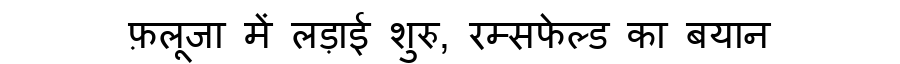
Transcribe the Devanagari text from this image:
फ़लूजा में लड़ाई शुरु, रम्सफेल्ड का बयान